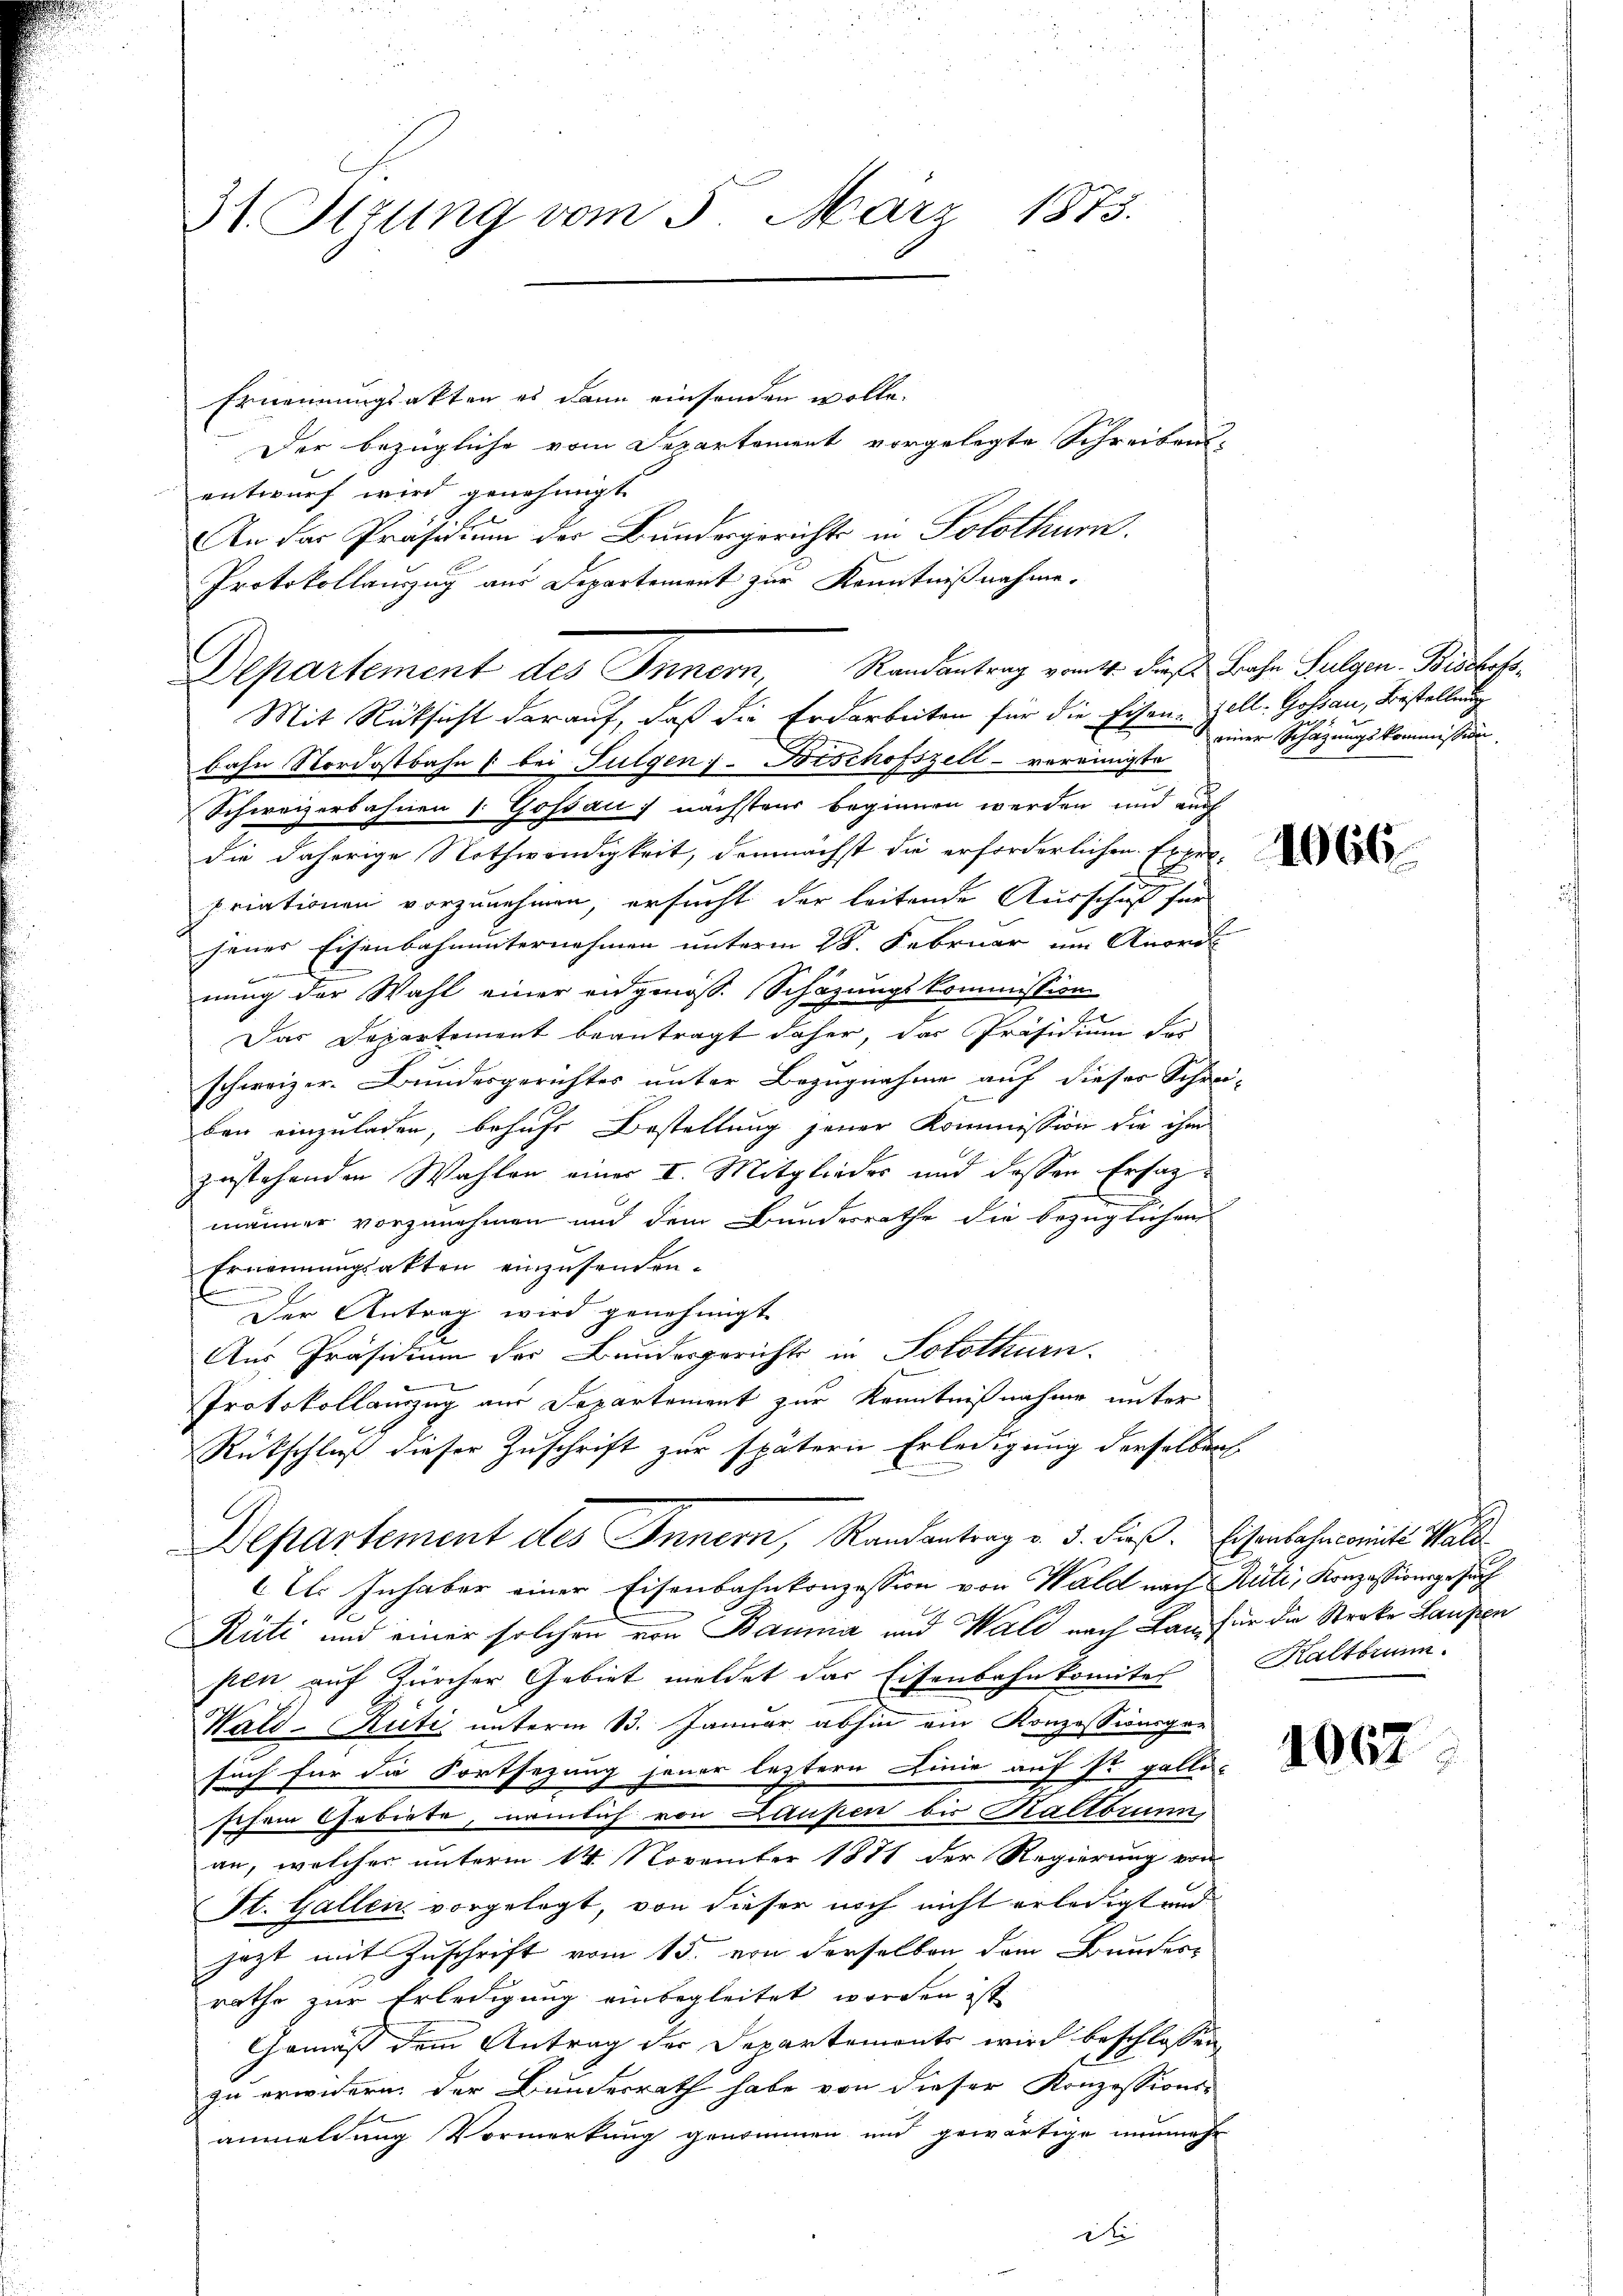
31. Ittung vom 5. März 1875.

Departement des Innern, Randantrag vom 14. die Bahn Sulgen. Bisbach¬

Ernennungsakten es dann einsenden wolle.
Der bezügliche vom Departement vorgelegte Schreibens-
entwurf wird genehmigt.
An das Präsidium der Bundesgerichts in Solothurn.
Protokollauszug aus Departement zur Kenntnißnahme.
Mit Rüksicht darauf, daß die Erdarbeiten für die Eisen-Zell- Gossau, Bestellung
bahn Nordostbahn /: bei Fulgen. Bischofszell - vereinigte
Schweizerbahnen 1: Gossau) nächstens beginnen werden und auch
die daherige Nothwendigkeit, demnächst die erforderlichen Experpriationen vorzunehmen, ersucht der leitende Ausschuß für
jenes Eisenbahnunternehmen unterm 28. Februar um Ausri
nung der Wahl einer angenöss. Schazungskommission
Das Departement beantragt daher, das Präsidium der
schweizer-Bundesgerichtes unter Bezugnahme auf dieser Schrei-
ben einzuladen, behufs Bestellung jener Kommission die ihm
zustehenden Wahlen einer I. Mitglieder und dessen Erfagmänner vorzunehmen und dem Bundesrathe die bezüglichen
Ernennungsakten einzusenden.
Der Antrag wird genehmigt
Aus Präsidium der Bundesgerichts in Solothurn.
Protokollauszug aus Departement zur Kenntnißnahme unter
Rückschluß dieser Zuschrift zur spätern Erledigung derselben
Departement des Innern, Randantrag v. d. dieß. Eisenbahncomit Wald
l. Inhaber einer Eisenbahnkonzession von Wald nach Rüti, Konzessionsgesuch
Rüti und einer solchen von Bauma und Wald nach Bau für die Stroke Laufen
sten auf Zürcher Gebiet meldet das Eisenbahnkomites
Wald–Rüti unterm 13. Januar abhin ein Konzessinger
such für die Fortsezung jener leztere Linie auf St. Galli-
schein Gebiete, nämlich von Laupen bis Kaltbrunn,
an, welcher unterm 14. November 1881 der Regierung von
St. Gallen vorgelegt, von dieser noch nicht erledigt und
jezt mit Zuschrift vom 15. von derselben dem Bunderrathe zur Erledigung einbegleitet worden ist
Gemäß dem Antrag der Departements wird beschlossen,
zu erwidern, der Bundesrath habe von dieser Konzessions-
anmeldung Vormerkung genommen und gewärtige nunmehr

die

einer Schazungskommission

1

1066

Kaltbrunn.

1067